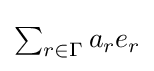
{\textstyle \sum _{r\in \Gamma }a_{r}e_{r}}